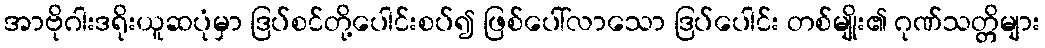
အာဗိုဂါးဒရိုးယူဆပုံမှာ ဒြပ်စင်တို့ပေါင်းစပ်၍ ဖြစ်ပေါ်လာသော ဒြပ်ပေါင်း တစ်မျိုး၏ ဂုဏ်သတ္တိများ